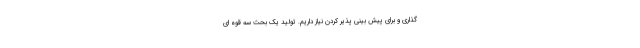
گذاری و برای پیش بینی پذیر کردن نیاز داریم. تولید یک بحث سه قوه ای